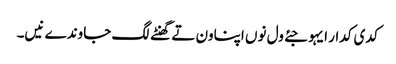
کدی کدار ایہو جئے ول نوں اپناون تے گھنٹے لگ جاوندے نیں۔